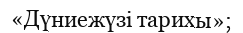
«Дүниежүзі тарихы»;